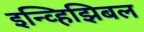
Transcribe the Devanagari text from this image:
इन्व्हिझिबल